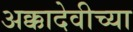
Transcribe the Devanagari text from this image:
अक्कादेवीच्या